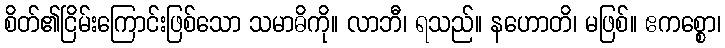
စိတ်၏ငြိမ်းကြောင်းဖြစ်သော သမာဓိကို။ လာဘီ၊ ရသည်။ နဟောတိ၊ မဖြစ်။ ဧကစ္စော၊